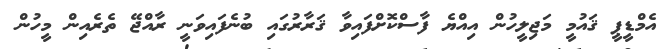
އެމްޑީޕީ ޤައުމީ މަޖިލީހުން އިއްޔެ ފާސްކޮށްފައިވާ ޤަރާރުގައި ބުނެފައިވަނީ ރާއްޖޭ ތެރެއިން މީހުން